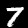
Digit: 7